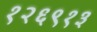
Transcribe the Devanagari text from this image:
१२६९१३